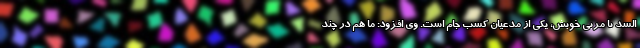
السد با مربی خوبش، یکی از مدعیان کسب جام است. وی افزود: ما هم در چند